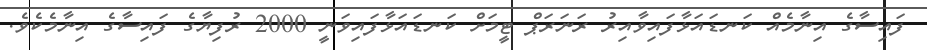
ފައިސާގެ އިނާމެއް ކަނޑައަޅާފައިވާއިރު ރަނަރަޕް ޓީމަށް ކަނޑައަޅާފައިވަނީ 2000 ރުފިޔާގެ ފައިސާގެ އިނާމެކެވެ.